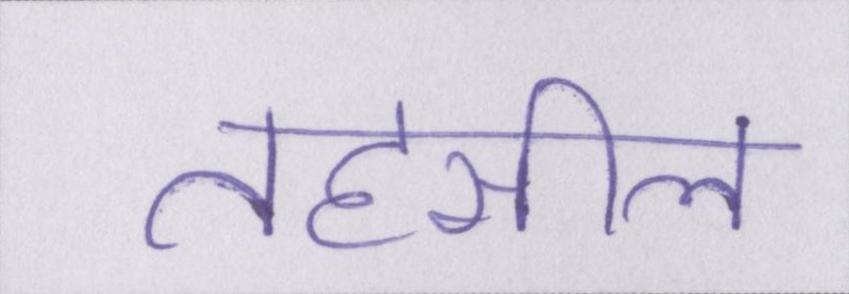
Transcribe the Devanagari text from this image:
तहसील